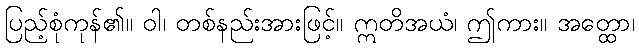
ပြည့်စုံကုန်၏။ ဝါ၊ တစ်နည်းအားဖြင့်။ ဣတိအယံ၊ ဤကား။ အတ္ထော၊